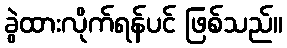
ခွဲထားလိုက်ရန်ပင် ဖြစ်သည်။